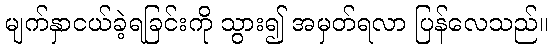
မျက်နှာငယ်ခဲ့ရခြင်းကို သွား၍ အမှတ်ရလာ ပြန်လေသည်။